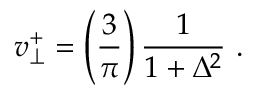
v _ { \perp } ^ { + } = \left( { \frac { 3 } { \pi } } \right) { \frac { 1 } { 1 + \Delta ^ { 2 } } } \ .